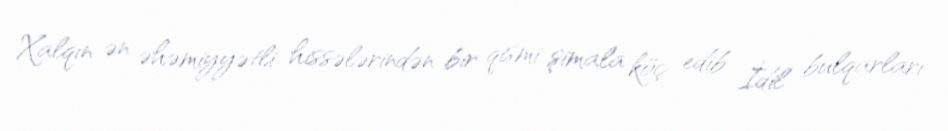
Xalqın ən əhəmiyyətli hissələrindən bir qismi şimala köç edib İdil bulqarları